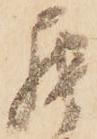
罷